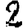
Digit: 2